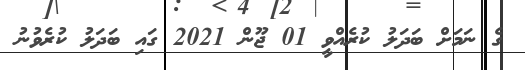
ގެ ނަމަށް ބަދަލު ކުރެއްވީ 01 ޖޫން 2021 ގައި ބަދަލު ކުރެވުނު